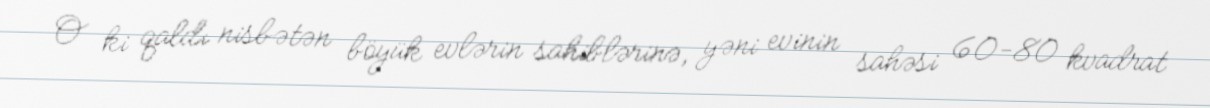
O ki qaldı nisbətən böyük evlərin sahiblərinə, yəni evinin sahəsi 60-80 kvadrat